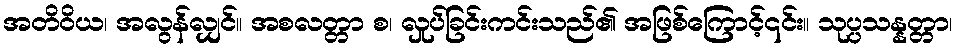
အတိဝိယ၊ အလွန်လျှင်။ အစလတ္တာ စ၊ လှုပ်ခြင်းကင်းသည်၏ အဖြစ်ကြောင့်၎င်း။ သုပ္ပသန္နတ္တာ၊